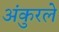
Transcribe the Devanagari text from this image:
अंकुरले